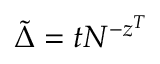
\Tilde { \Delta } = t N ^ { - z ^ { T } }